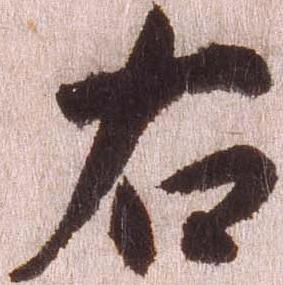
右